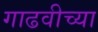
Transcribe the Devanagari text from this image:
गाढवीच्या